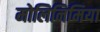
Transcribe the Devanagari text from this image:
मोलिनिमिया